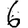
Digit: 6